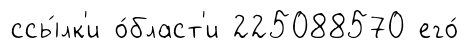
ссы́лк'и о́бласт'и 225088570 его́